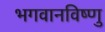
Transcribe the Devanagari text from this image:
भगवानविष्णु